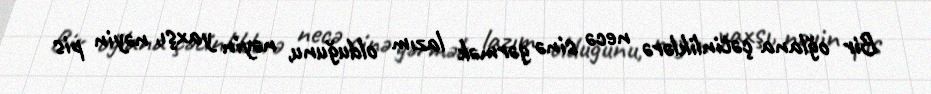
Bir oğlana çətinliklərə necə sinə gərmək lazım olduğunu, nəyin yaxşı, nəyin pis